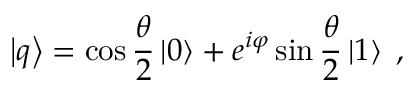
\left| q \right\rangle = \cos \frac { \theta } { 2 } \left| 0 \right\rangle + e ^ { i \varphi } \sin \frac { \theta } { 2 } \left| 1 \right\rangle \; ,